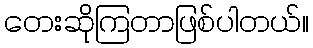
တေးဆိုကြတာဖြစ်ပါတယ်။